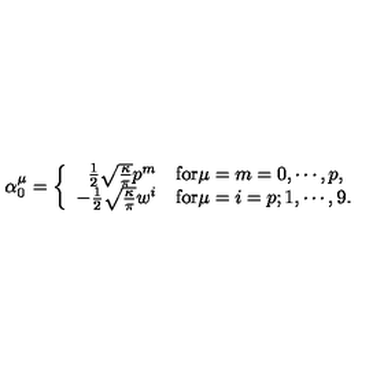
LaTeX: \alpha _ { 0 } ^ { \mu } = \left\{ \begin{array} { r l } { \frac { 1 } { 2 } \sqrt { \frac { \kappa } { \pi } } p ^ { m } } & { \mathrm { f o r } \mu = m = 0 , \cdots , p , } \\ { - \frac { 1 } { 2 } \sqrt { \frac { \kappa } { \pi } } w ^ { i } } & { \mathrm { f o r } \mu = i = p ; 1 , \cdots , 9 . } \\ \end{array} \right.